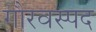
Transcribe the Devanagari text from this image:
गौरवस्पद